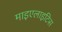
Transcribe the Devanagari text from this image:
माइएलाइटिस